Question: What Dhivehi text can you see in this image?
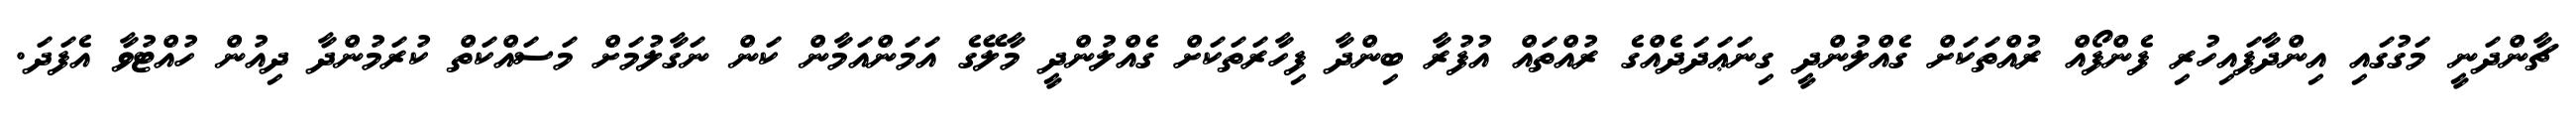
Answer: ޗާންދަނީ މަގުގައި އިންދާފައިހުރި ފެންފޯއް ރުއްތަކަށް ގެއްލުންދީ ގިނަޢަދަދެއްގެ ރުއްތައް އުފުރާ ބިންދާ ފިހާރަތަކަށް ގެއްލުންދީ މާލޭގެ އަމަންއަމާން ކަން ނަގާލުމަށް މަސައްކަތް ކުރަމުންދާ ދިއުން ހުއްޓުވާ އެފަދަ.